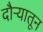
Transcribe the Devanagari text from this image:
दौऱ्यातून